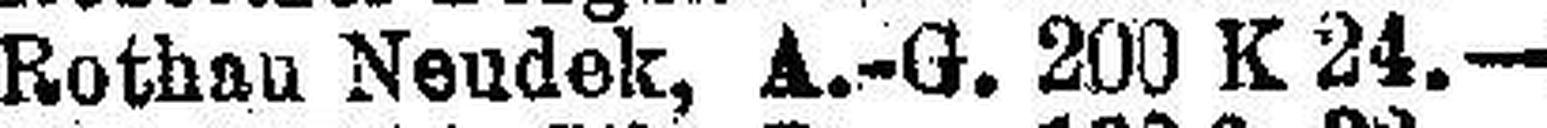
Rothan Neudek, A.-G. 200 K 24.—